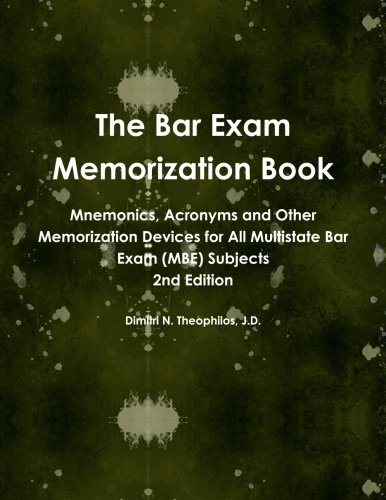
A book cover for The Bar Exam Memorization Book; Dimitri N. Theophilos; Test Preparation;